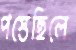
পস্তেছিলে